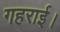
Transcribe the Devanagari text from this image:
गहराई।